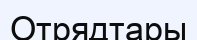
Отрядтары